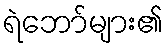
ရဲဘော်များ၏